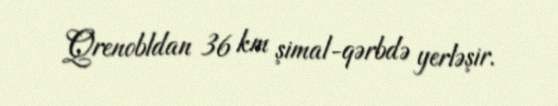
Qrenobldan 36 km şimal-qərbdə yerləşir.